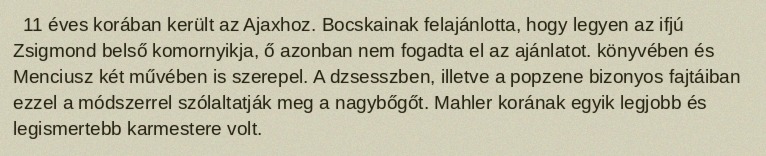
11 éves korában került az Ajaxhoz. Bocskainak felajánlotta, hogy legyen az ifjú Zsigmond belső komornyikja, ő azonban nem fogadta el az ajánlatot. könyvében és Menciusz két művében is szerepel. A dzsesszben, illetve a popzene bizonyos fajtáiban ezzel a módszerrel szólaltatják meg a nagybőgőt. Mahler korának egyik legjobb és legismertebb karmestere volt.